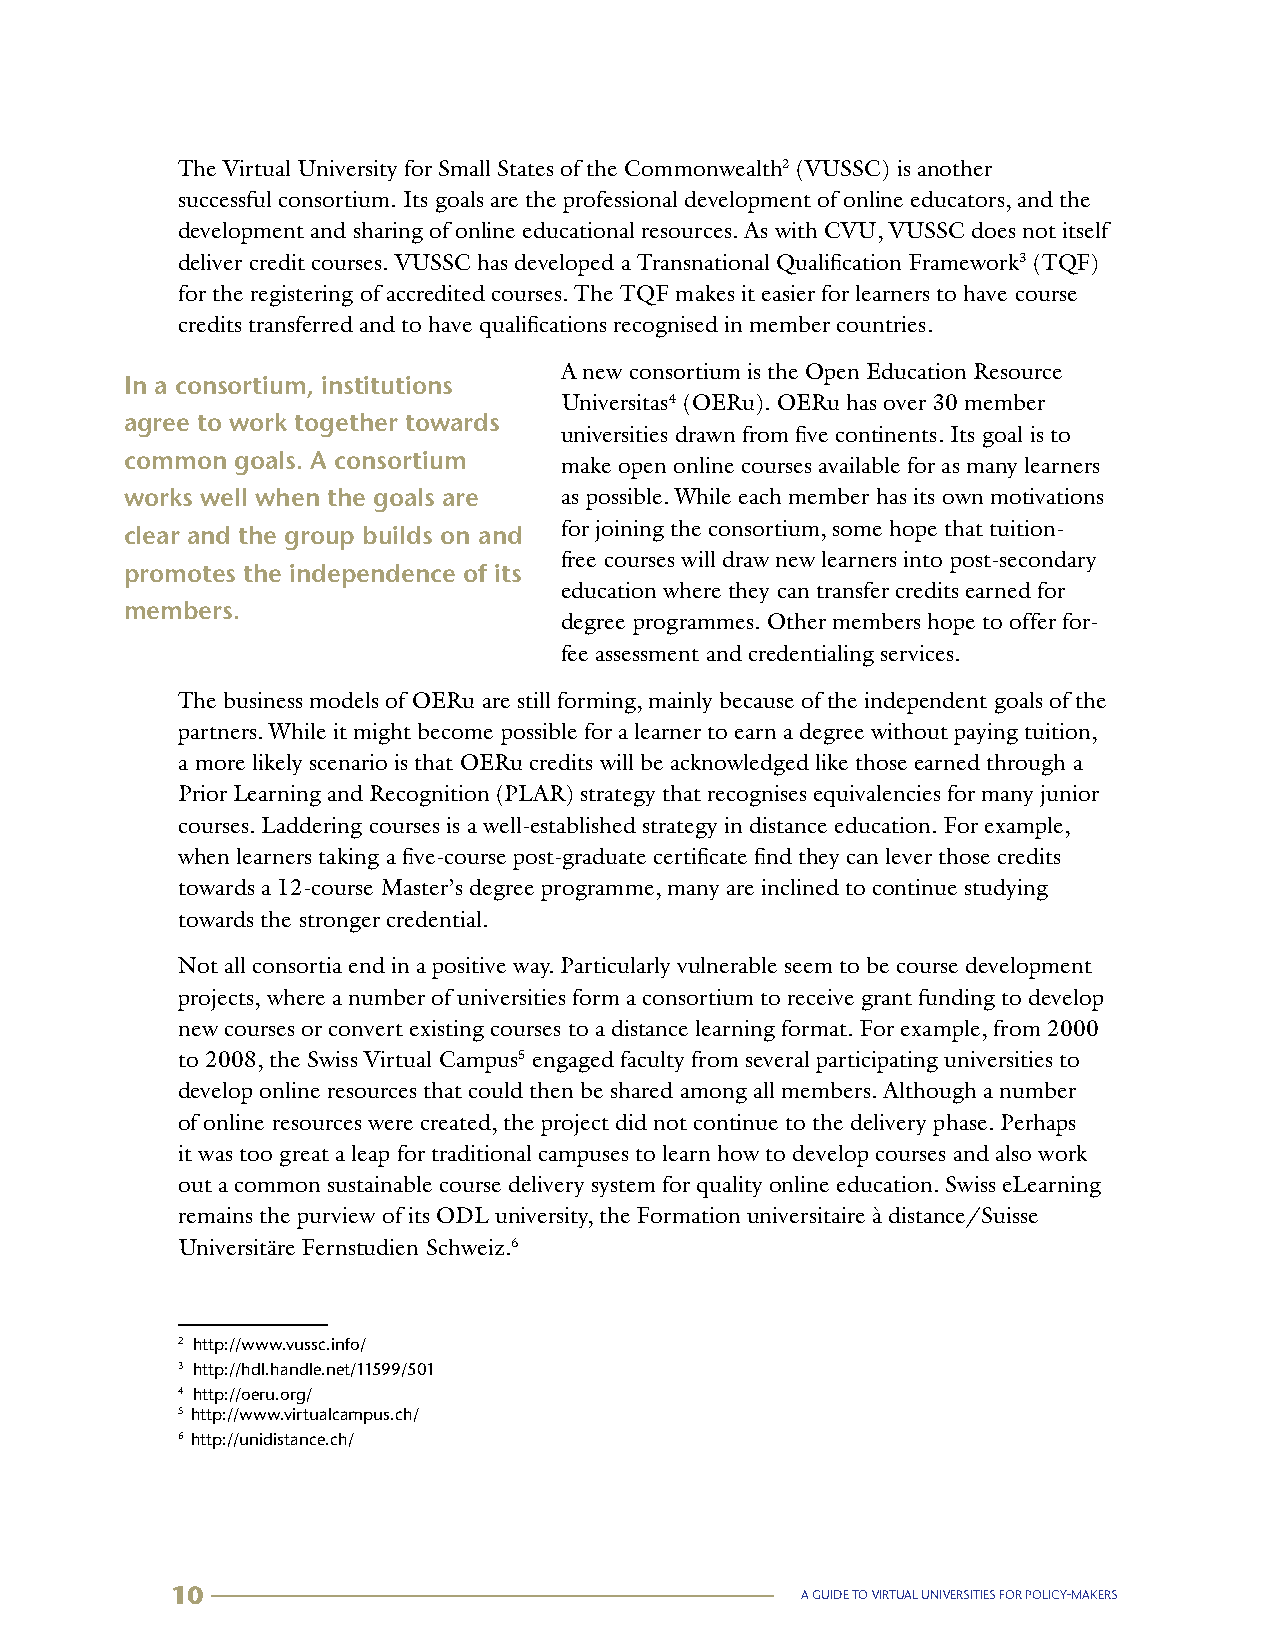
The Virtual University for Small States of the Commonwealth2 (VUSSC) is another
 1
 successful consortium. Its goals are the professional development of online educators, and the
 development and sharing of online educational resources. As with CVU, VUSSC does not itself
 deliver credit courses. VUSSC has developed a Transnational Qualification Framework3 (TQF)
 2
 for the registering of accredited courses. The TQF makes it easier for learners to have course
 credits transferred and to have qualifications recognised in member countries.
 A new consortium is the Open Education Resource
 In a consortium, institutions
 Universitas4 (OERu). OERu has over 30 member
 agree to work together towards       3
 universities drawn from five continents. Its goal is to
 common  goals. A consortium  make open online courses available for as many learners
 works well when the goals are as possible. While each member has its own motivations
 for joining the consortium, some hope that tuition-
 clear and the group builds on and
 free courses will draw new learners into post-secondary
 promotes the independence of its
 education where they can transfer credits earned for
 members.
 degree programmes. Other members hope to offer for-
 fee assessment and credentialing services.
 The business models of OERu are still forming, mainly because of the independent goals of the
 partners. While it might become possible for a learner to earn a degree without paying tuition,
 a more likely scenario is that OERu credits will be acknowledged like those earned through a
 Prior Learning and Recognition (PLAR) strategy that recognises equivalencies for many junior
 courses. Laddering courses is a well-established strategy in distance education. For example,
 when learners taking a five-course post-graduate certificate find they can lever those credits
 towards a 12-course Master’s degree programme, many are inclined to continue studying
 towards the stronger credential.
 Not all consortia end in a positive way. Particularly vulnerable seem to be course development
 projects, where a number of universities form a consortium to receive grant funding to develop
 new courses or convert existing courses to a distance learning format. For example, from 2000
 to 2008, the Swiss Virtual Campus5 engaged faculty from several participating universities to
 4
 develop online resources that could then be shared among all members. Although a number
 of online resources were created, the project did not continue to the delivery phase. Perhaps
 it was too great a leap for traditional campuses to learn how to develop courses and also work
 out a common sustainable course delivery system for quality online education. Swiss eLearning
 remains the purview of its ODL university, the Formation universitaire à distance/Suisse
 Universitäre Fernstudien Schweiz.6
 5
 2 http://www.vussc.info/
 3 http://hdl.handle.net/11599/501
 4 http://oeru.org/
 5 http://www.virtualcampus.ch/
 6 http://unidistance.ch/
 10                                        A GUIDE TO VIRTUAL UNIVERSITIES FOR POLICY-MAKERS